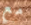
مع